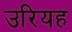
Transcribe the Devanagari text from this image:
उरियह